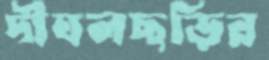
দীঘলছড়ির